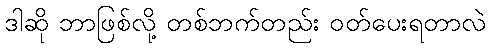
ဒါဆို ဘာဖြစ်လို့ တစ်ဘက်တည်း ဝတ်ပေးရတာလဲ